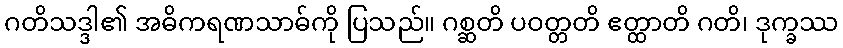
ဂတိသဒ္ဒါ၏ အဓိကရဏသာဓ်ကို ပြသည်။ ဂစ္ဆတိ ပဝတ္တတိ ဧတ္ထာတိ ဂတိ၊ ဒုက္ခဿ